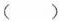
()